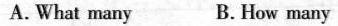
A.What many B. How many